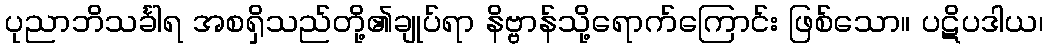
ပုညာဘိသင်္ခါရ အစရှိသည်တို့၏ချုပ်ရာ နိဗ္ဗာန်သို့ရောက်ကြောင်း ဖြစ်သော။ ပဋိပဒါယ၊